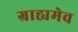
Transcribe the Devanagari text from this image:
ग्राह्यमेव